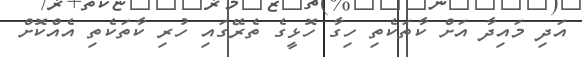
އަދި މައިދާ އަށް ކާތަކެތި ހިގާ ހޮޅީގެ ތެރޭގައި ހުރި ކާތަކެތި އެއްކޮށް